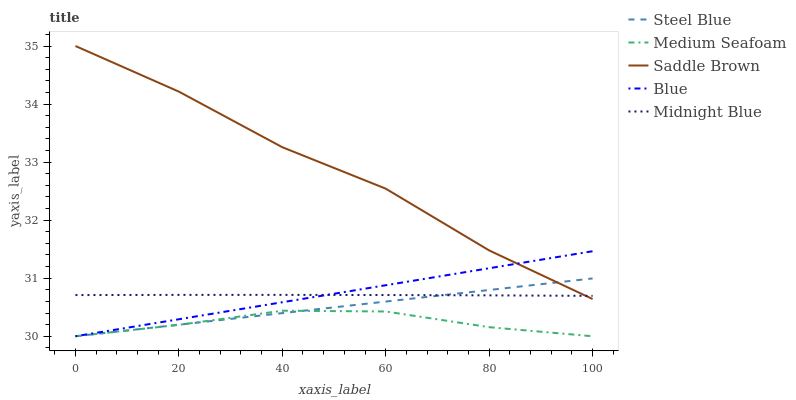
| xaxis_label | Steel Blue | Medium Seafoam | Saddle Brown | Blue | Midnight Blue |
 | --- | --- | --- | --- | --- | --- |
 | 0 | 30 | 30 | 35 | 30 | 30.7 |
 | 20 | 30.2 | 30.2 | 34.2 | 30.3 | 30.7 |
 | 40 | 30.4 | 30.4 | 33.3 | 30.6 | 30.7 |
 | 60 | 30.6 | 30.4 | 32.5 | 30.9 | 30.7 |
 | 80 | 30.8 | 30.2 | 31.5 | 31.2 | 30.7 |
 | 100 | 31 | 30 | 30.6 | 31.5 | 30.7 |